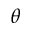
\boldsymbol { \theta }